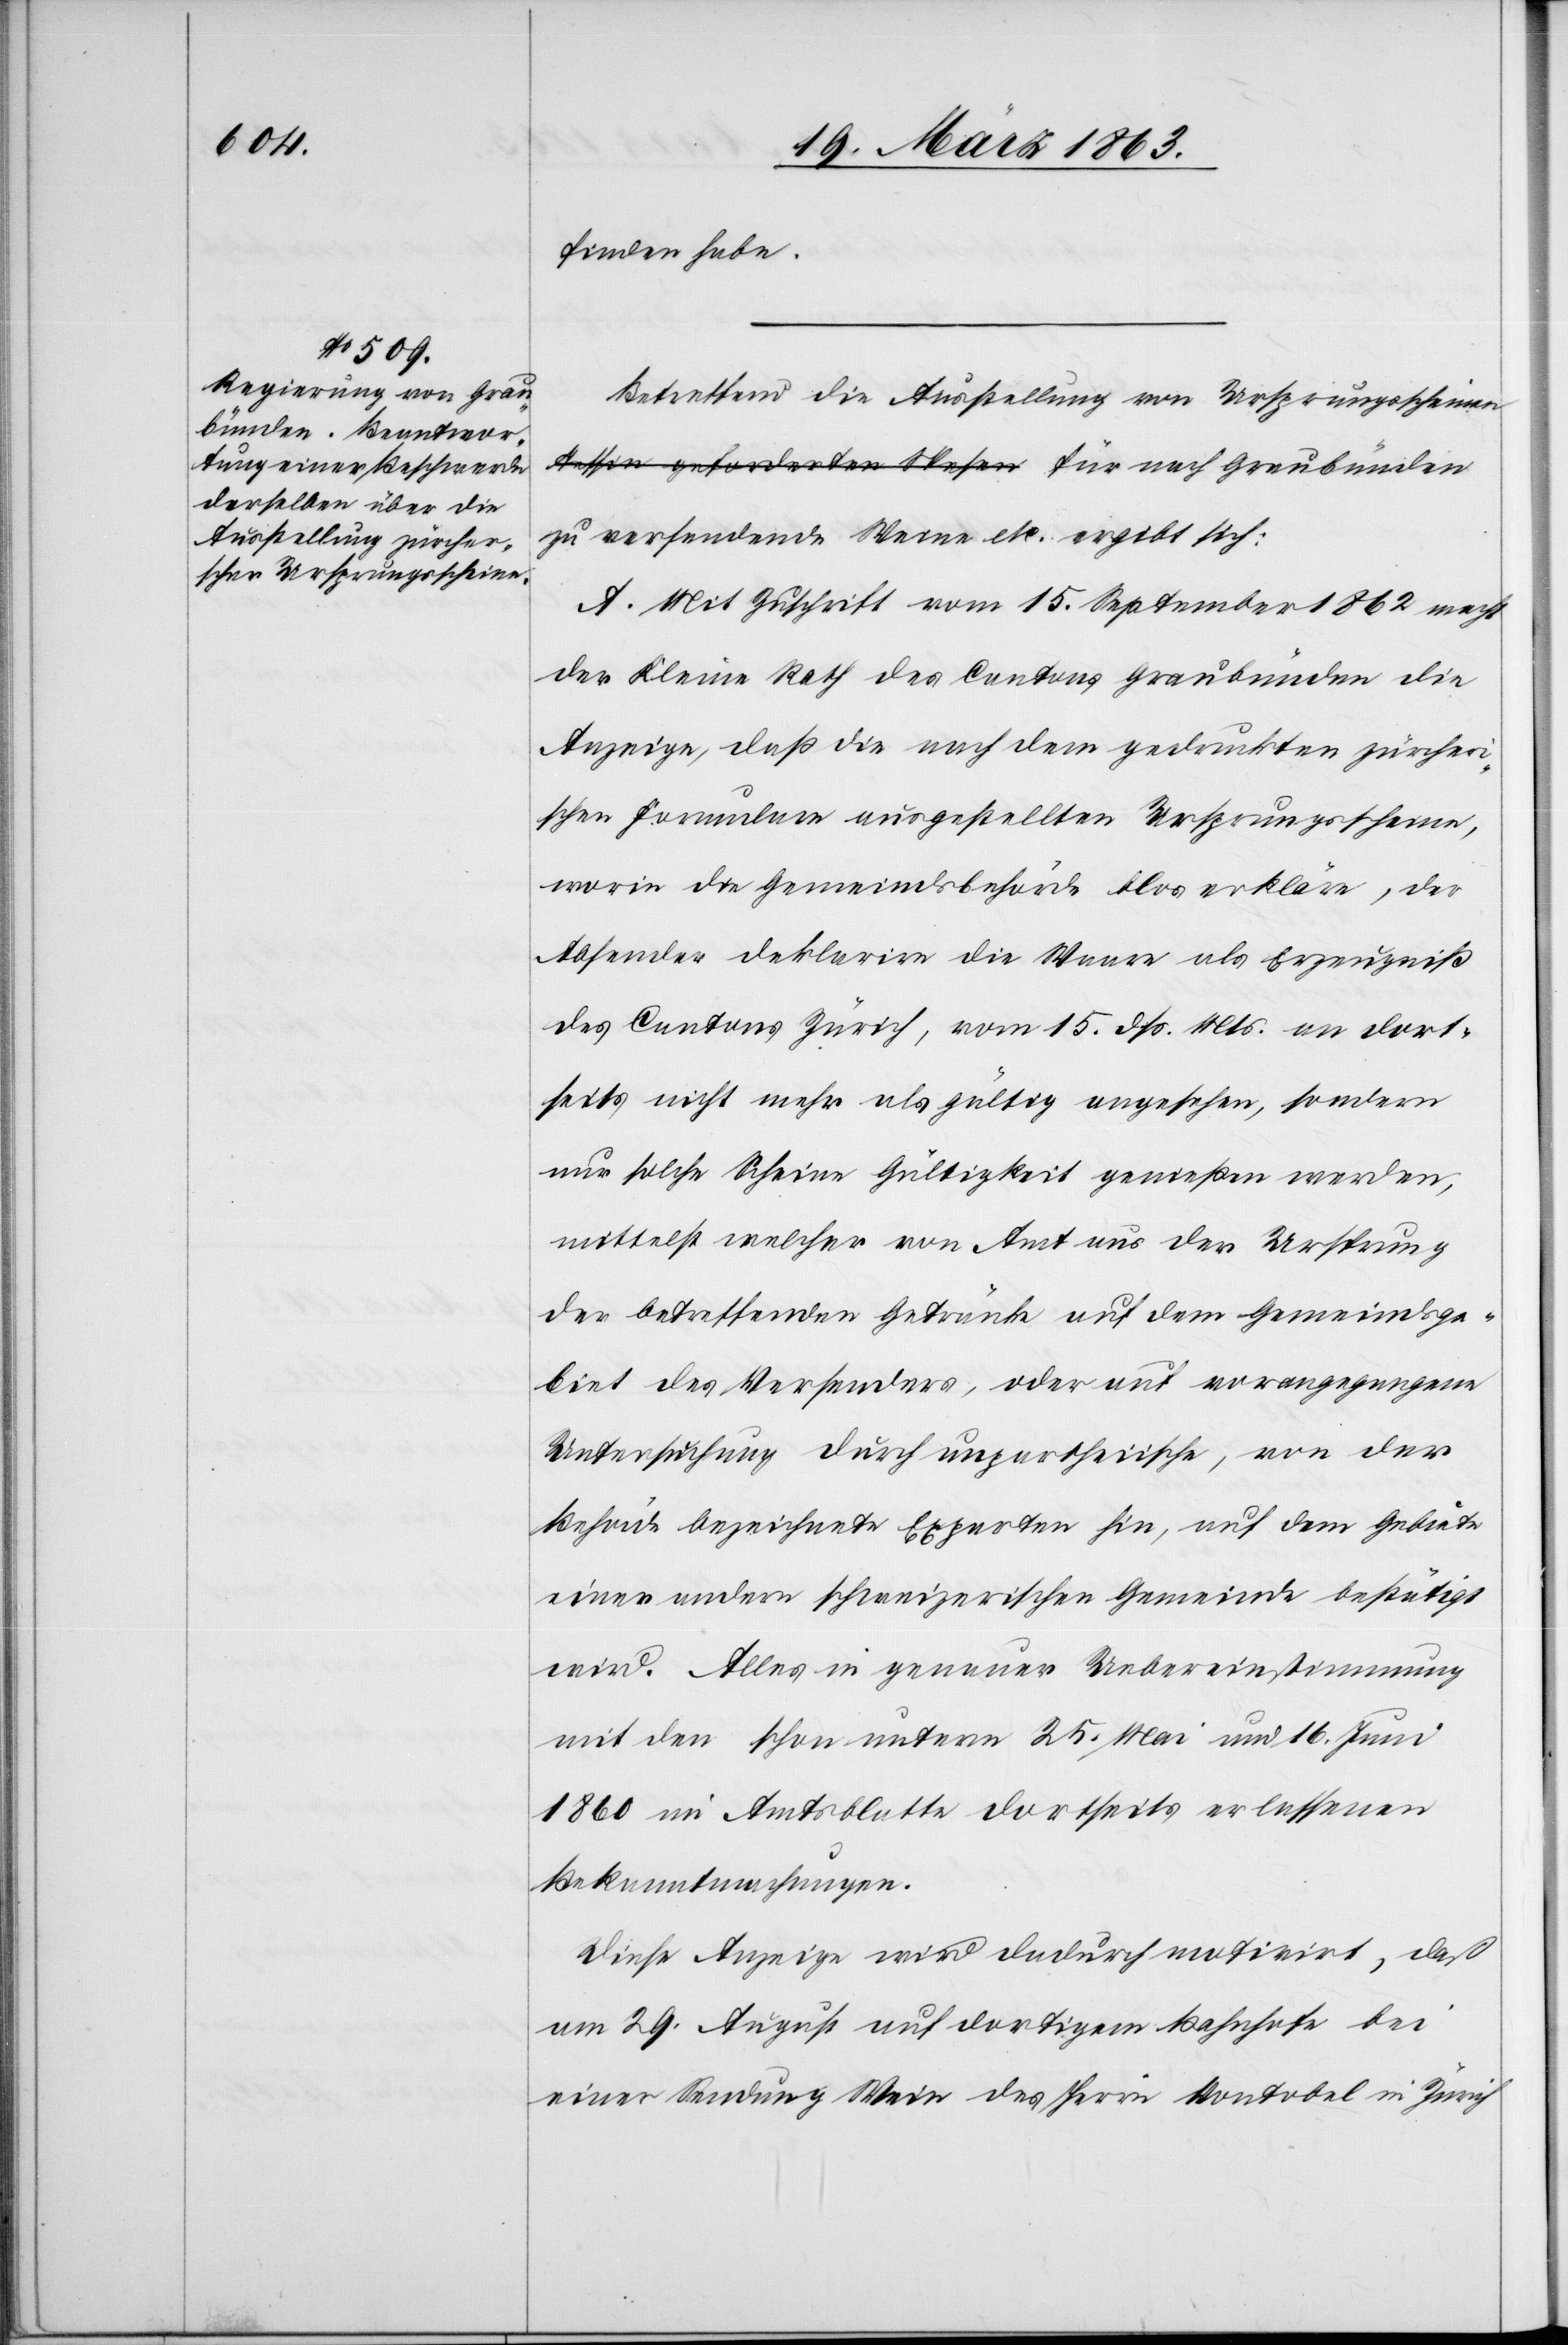
finden habe.
Betreffend die Ausstellung von Ursprungsscheinen
zu versendende Weine etc. ergibt sich:
A. Mit Zuschrift vom 15. September 1862 macht
der Kleine Rath des Cantons Graubünden die
Anzeige, daß die nach dem gedruckten zürcheri¬
schen Formulare ausgestellten Ursprungsscheine,
worin die Gemeindsbehörde blos erkläre, der
Absender deklarire die Waare als Erzeugniß
des Cantons Zürich, vom 15. dß. Mts. an dort¬
seits nicht mehr als gültig angesehen, sondern
nur solche Scheine Gültigkeit genießen werden,
mittelst welcher von Amt aus der Ursprung
der betreffenden Getränke auf dem Gemeindsge¬
biet des Versenders, oder auf vorangegangene
Untersuchung durch unpartheiische, von der
Behörde bezeichnete Experten hin, auf dem Gebiete
einer andern schweizerischen Gemeinde bestätigt
wird. Alles in genauer Uebereinstimmung
mit den schon unterm 25. Mai und 16. Juni
1860 im Amtsblatte dortseits erlassenen
Bekanntmachungen.
Diese Anzeige wird dadurch motivirt, daß
am 29. August auf dortigem Bahnhofe bei
einer Sendung Wein des Herrn Vontobel in Zürich